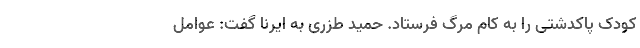
کودک پاکدشتی را به کام مرگ فرستاد. حمید طزری به ایرنا گفت: عوامل